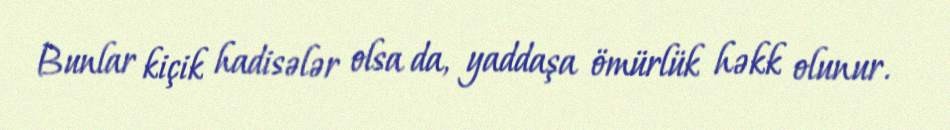
Bunlar kiçik hadisələr olsa da, yaddaşa ömürlük həkk olunur.